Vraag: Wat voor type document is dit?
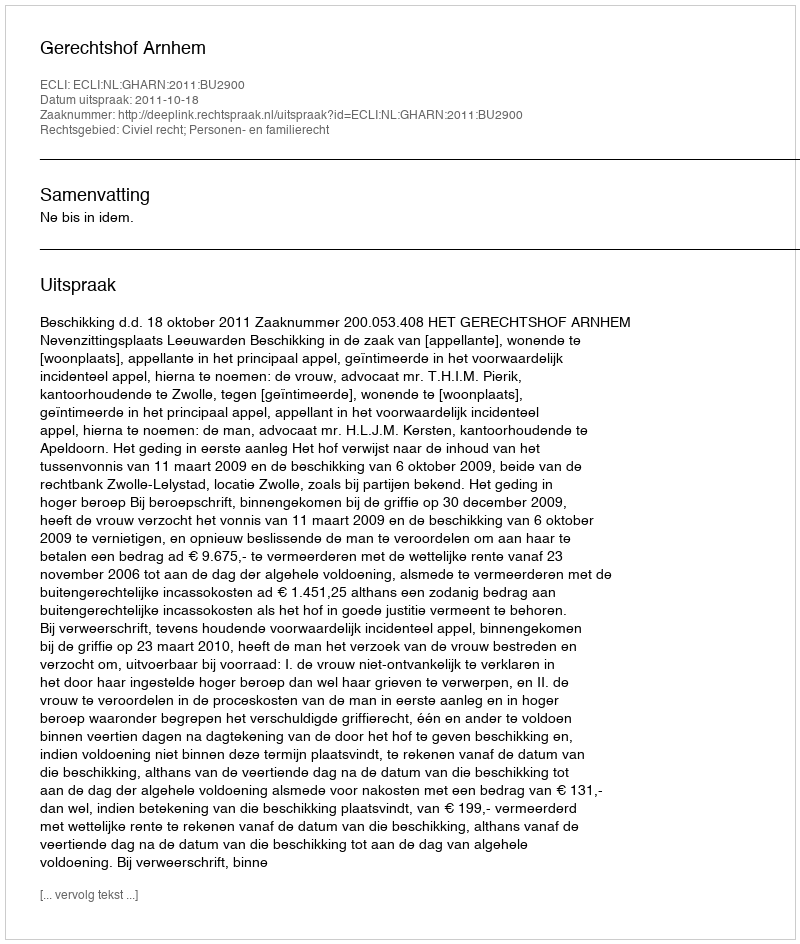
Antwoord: Uitspraak